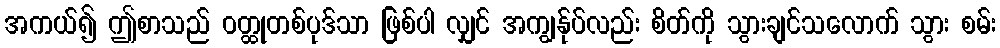
အကယ်၍ ဤစာသည် ဝတ္ထုတစ်ပုဒ်သာ ဖြစ်ပါ လျှင် အကျွန်ုပ်လည်း စိတ်ကို သွားချင်သလောက် သွား စမ်း